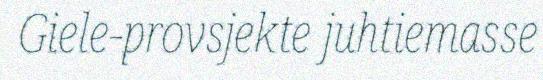
Giele-provsjekte juhtiemasse